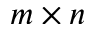
m \times n